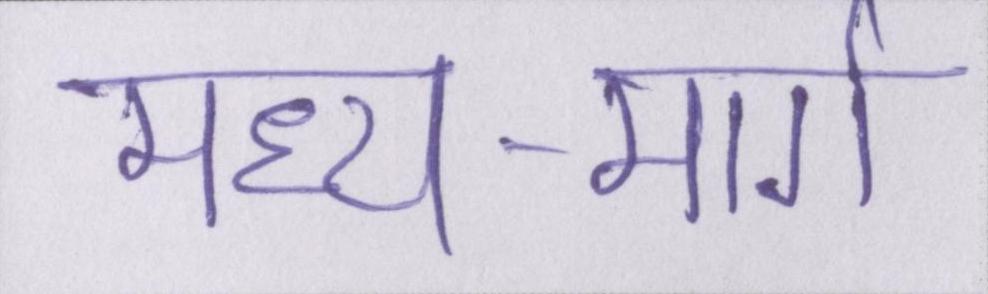
मध्य-मार्ग